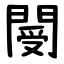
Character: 閿